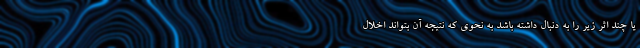
یا چند اثر زیر را به دنبال داشته باشد به نحوی که نتیجه آن بتواند اخلال